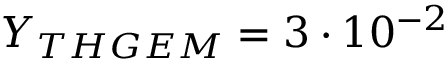
Y _ { T H G E M } = 3 \cdot 1 0 ^ { - 2 }